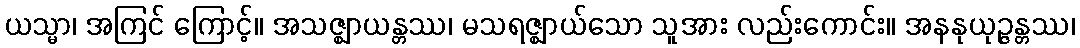
ယသ္မာ၊ အကြင် ကြောင့်။ အသဇ္ဈာယန္တဿ၊ မသရဇ္ဈာယ်သော သူအား လည်းကောင်း။ အနနုယုဉ္ဇန္တဿ၊